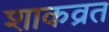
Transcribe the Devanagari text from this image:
शाकव्रत